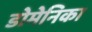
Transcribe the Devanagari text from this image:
डोमेनिका